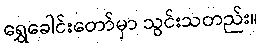
ရွှေခေါင်းတော်မှာ သွင်းသတည်း။